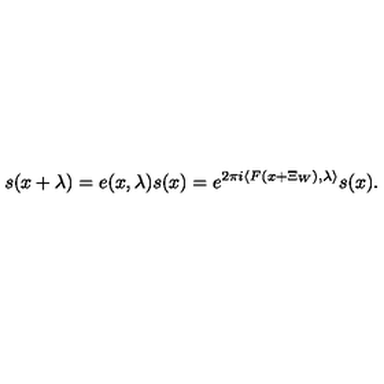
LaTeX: s ( x + \lambda ) = e ( x , \lambda ) s ( x ) = e ^ { 2 \pi i \langle F ( x + \Xi _ { W } ) , \lambda \rangle } s ( x ) .